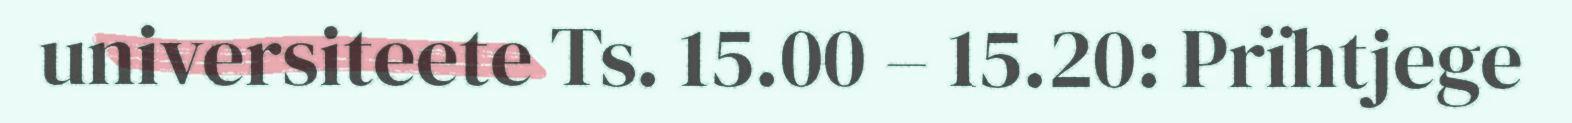
universiteete Ts. 15.00 – 15.20: Prïhtjege